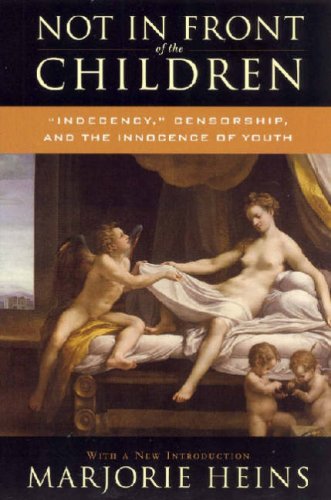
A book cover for Not in Front of the Children: 'Indecency,' Censorship, and the Innocence of Youth; Marjorie Heins; Law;